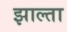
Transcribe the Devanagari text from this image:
झाल्ता